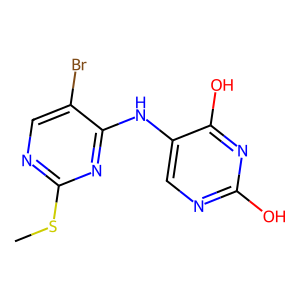
SMILES: CSc1ncc(Br)c(Nc2cnc(O)nc2O)n1
Inhibits HIV replication: No